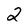
Character: 2